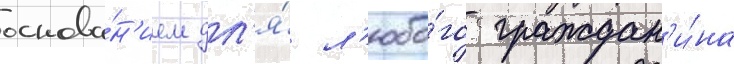
основа́н'ием дл'я́ л'юбо́го граждан'и́на